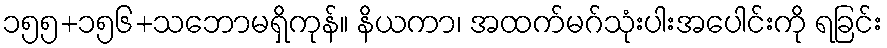
၁၅၅+၁၅၆+သဘောမရှိကုန်။ နိယကာ၊ အထက်မဂ်သုံးပါးအပေါင်းကို ရခြင်း